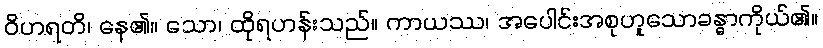
ဝိဟရတိ၊ နေ၏။ သော၊ ထိုရဟန်းသည်။ ကာယဿ၊ အပေါင်းအစုဟူသောခန္ဓာကိုယ်၏။